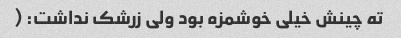
ته چینش خیلی خوشمزه بود ولی زرشک نداشت: (